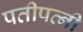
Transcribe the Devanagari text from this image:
पतीपत्नी